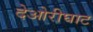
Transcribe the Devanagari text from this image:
देओरीघाट